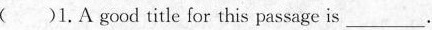
( )1.A good title for this passage is ___.